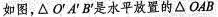
如图，△O^{'}A^{'}B^{'}是水平放置的△OAB